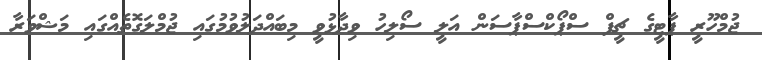
ޖުމްހޫރީ ޕާޓީގެ ޗީފް ސްޕޯކްސްޕާސަން އަލީ ސޯލިހު ވިދާޅުވީ މިބައްދަލުވުމުގައި ޖުމްލަގޮތެއްގައި މަޝްވަރާ